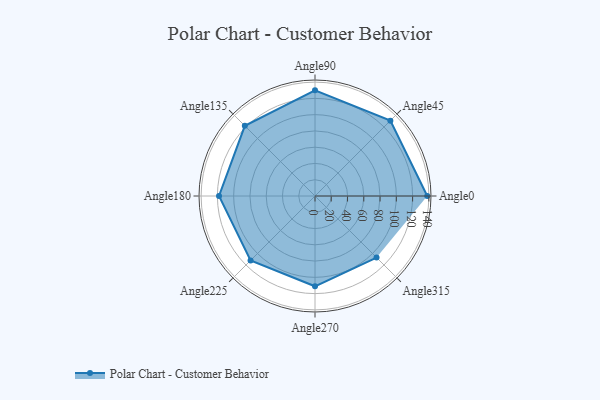
{"axis": {"x": "Angle", "y": "Radius"}, "legend": [""], "data": [{"x": "Angle0", "y": 138.0, "type": ""}, {"x": "Angle45", "y": 131.0, "type": ""}, {"x": "Angle90", "y": 130.0, "type": ""}, {"x": "Angle135", "y": 122.0, "type": ""}, {"x": "Angle180", "y": 118.0, "type": ""}, {"x": "Angle225", "y": 112.0, "type": ""}, {"x": "Angle270", "y": 111.0, "type": ""}, {"x": "Angle315", "y": 107.0, "type": ""}]}